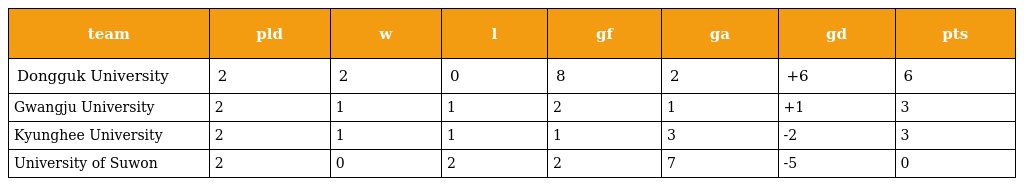
| team | pld | w | l | gf | ga | gd | pts |
 | --- | --- | --- | --- | --- | --- | --- | --- |
 | Dongguk University | 2 | 2 | 0 | 8 | 2 | +6 | 6 |
 | Gwangju University | 2 | 1 | 1 | 2 | 1 | +1 | 3 |
 | Kyunghee University | 2 | 1 | 1 | 1 | 3 | -2 | 3 |
 | University of Suwon | 2 | 0 | 2 | 2 | 7 | -5 | 0 |